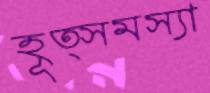
হূত্সমস্যা